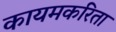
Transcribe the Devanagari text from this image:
कायमकरिता